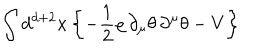
LaTeX: \int d ^ { d + 2 } x \left\{ - \frac { 1 } { 2 } \varrho \, \partial _ { \mu } \theta \, \partial ^ { \mu } \theta - V \right\}